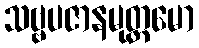
သဗ္ဗပဇာနမုတ္တမော